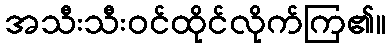
အသီးသီးဝင်ထိုင်လိုက်ကြ၏။